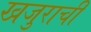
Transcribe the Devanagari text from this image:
खजुराची